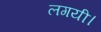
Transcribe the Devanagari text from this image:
लगयी।